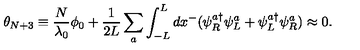
\theta _ { N + 3 } \equiv \frac { N } { \lambda _ { 0 } } \phi _ { 0 } + \frac { 1 } { 2 L } \sum _ { a } \int _ { - L } ^ { L } d x ^ { - } ( \psi _ { R } ^ { a \dag } \psi _ { L } ^ { a } + \psi _ { L } ^ { a \dag } \psi _ { R } ^ { a } ) \approx 0 .